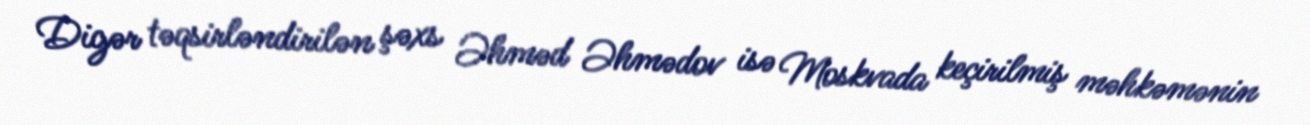
Digər təqsirləndirilən şəxs Əhməd Əhmədov isə Moskvada keçirilmiş məhkəmənin